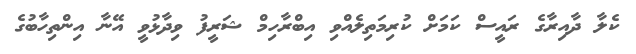
ކެލާ ދާއިރާގެ ރައީސް ކަމަށް ކުރިމަތިލެއްވި އިބްރާހިމް ޝަރީފު ވިދާޅުވީ އޭނާ އިންތިހާބުގެ